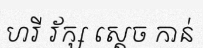
ហរី រ័ក្ស ស្តេច កាន់